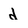
Character: d